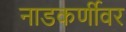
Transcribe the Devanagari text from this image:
नाडकर्णीवर